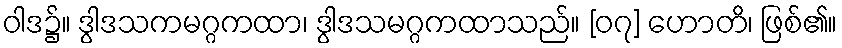
ဝါဒ၌။ ဒွါဒသကမဂ္ဂကထာ၊ ဒွါဒသမဂ္ဂကထာသည်။ [၀၇] ဟောတိ၊ ဖြစ်၏။